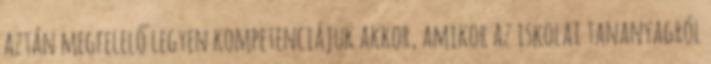
aztán megfelelő legyen kompetenciájuk akkor, amikor az iskolai tananyagról